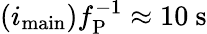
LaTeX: (i_{\mathrm{main}})f_{\mathrm{P}}^{-1}\approx 10~\mathrm{s}